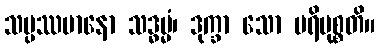
သမ္ပဿမာနော သဒ္ဓမ္မံ၊ ဒုက္ခာ သော ပရိမုစ္စတိ။